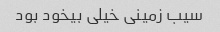
سیب زمینی خیلی بیخود بود